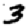
Digit: 3